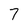
Character: 7